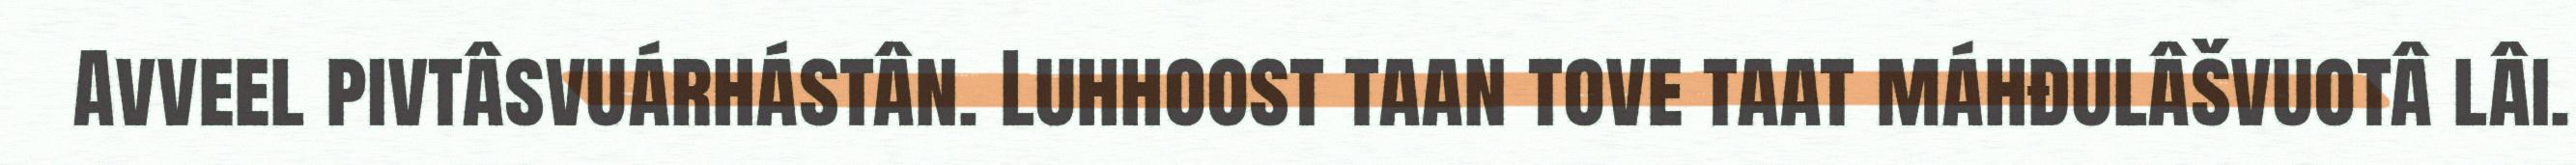
Avveel pivtâsvuárhástân. Luhhoost taan tove taat máhđulâšvuotâ lâi.